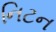
નિટન